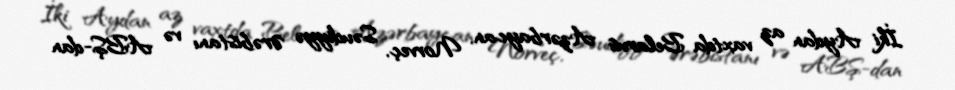
İki Aydan az vaxtda Belarus Azərbaycan, Norveç, Səudiyyə Ərəbistanı və ABŞ-dan